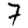
Digit: 7